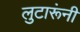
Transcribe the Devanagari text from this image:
लुटारूंनी